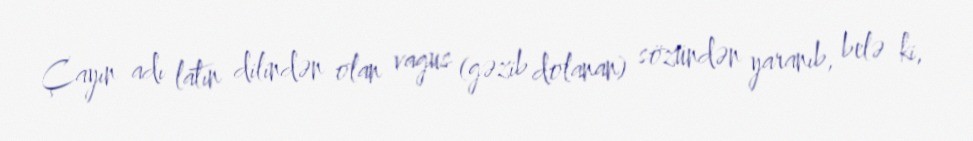
Çayın adı latın dilindən olan vagus (gəzib dolanan) sözündən yaranıb, belə ki,